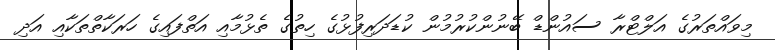
މިވައްތަރުގެ އަލްޓްރާ ސައުންޑް ބޭނުންކުރުމުން ކުޑަދަރިފުޅުގެ ހިތުގެ ތެޅުމާއި އަތްފައިގެ ހަރަކާތްތަކާއި އަދި